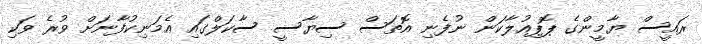
ރައީީސް ޔާމީންގެ ޕޮޕިއުލާކަން ނުފެނި އޮތަސް ސިޔާސީ ސާކަލްގައި އެމަނިކުފާނަށް ވުރެ ވަކި